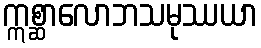
ဣစ္ဆာလောဘသမုဿယာ